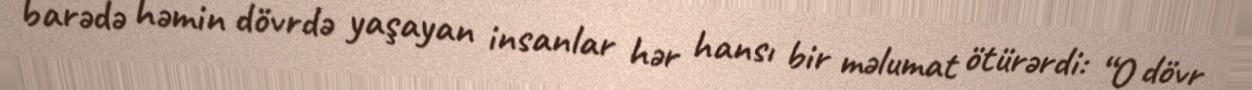
barədə həmin dövrdə yaşayan insanlar hər hansı bir məlumat ötürərdi: “O dövr